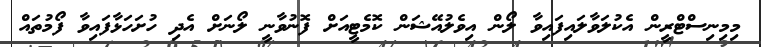
މިމިނިސްޓްރީން އެކުލަވާލައިފައިވާ ލޯން އިވެލުއޭޝަން ކޮމެޓީއަށް ފޮނުވާނީ ލޯނަށް އެދި ހުށަހަޅާފައިވާ ފޯމުތައް